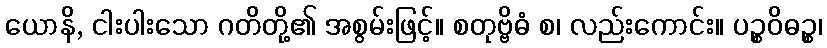
ယောနိ, ငါးပါးသော ဂတိတို့၏ အစွမ်းဖြင့်။ စတုဗ္ဗိဓံ စ၊ လည်းကောင်း။ ပဉ္စဝိဓဉ္စ၊